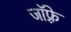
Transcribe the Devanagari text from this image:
जाॅफ़्रे